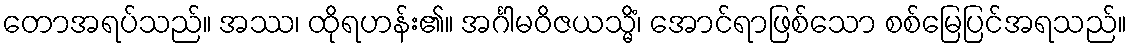
တောအရပ်သည်။ အဿ၊ ထိုရဟန်း၏။ အင်္ဂါမဝိဇယသ္မိံ၊ အောင်ရာဖြစ်သော စစ်မြေပြင်အရသည်။